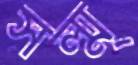
সল্ম্